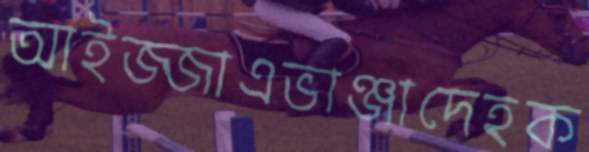
আইজ্জাএভাঞ্জাদেহক